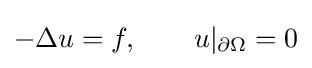
-\Delta u=f,\qquad u|_{\partial \Omega }=0